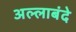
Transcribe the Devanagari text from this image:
अल्लाबंदे